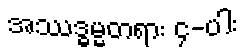
အဿဒ္ဓမ္မတရား ၄-ပါး